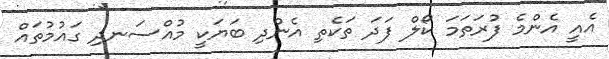
އެއީ އެންމެ ފުރަތަމަ ކޯލް ފަދަ ތަކެތި އެންދި ބަޔަކީ މުއްސަނދި ގައުމުތައް